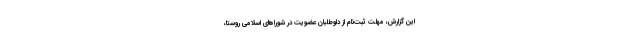
این گزارش، مهلت ثبت‌نام از داوطلبان عضویت در شوراهای اسلامی روستا،